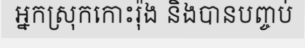
អ្នកស្រុកកោះរ៉ុង និងបានបញ្ចប់